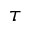
\tau